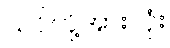
သင်တို့အားလုံး